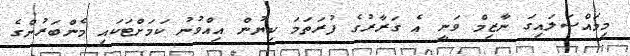
މިމައްސަލައިގަ ނާޒިމް ވަނީ އެ ގަރާރުގެ ފުރަތަމަ ކިޔުން އިއްވުނު ކަމަށްޓަކައި މެންބަރުންގެ